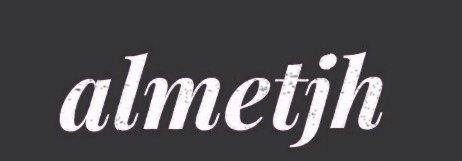
almetjh